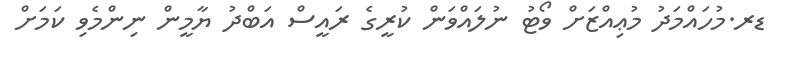
ޑރ.މުހައްމަދު މުޢިއްޒަށް ވޯޓު ނުލައްވަން ކުރީގެ ރައީސް އަބްދު ޔާމީން ނިންމެވި ކަމަށް